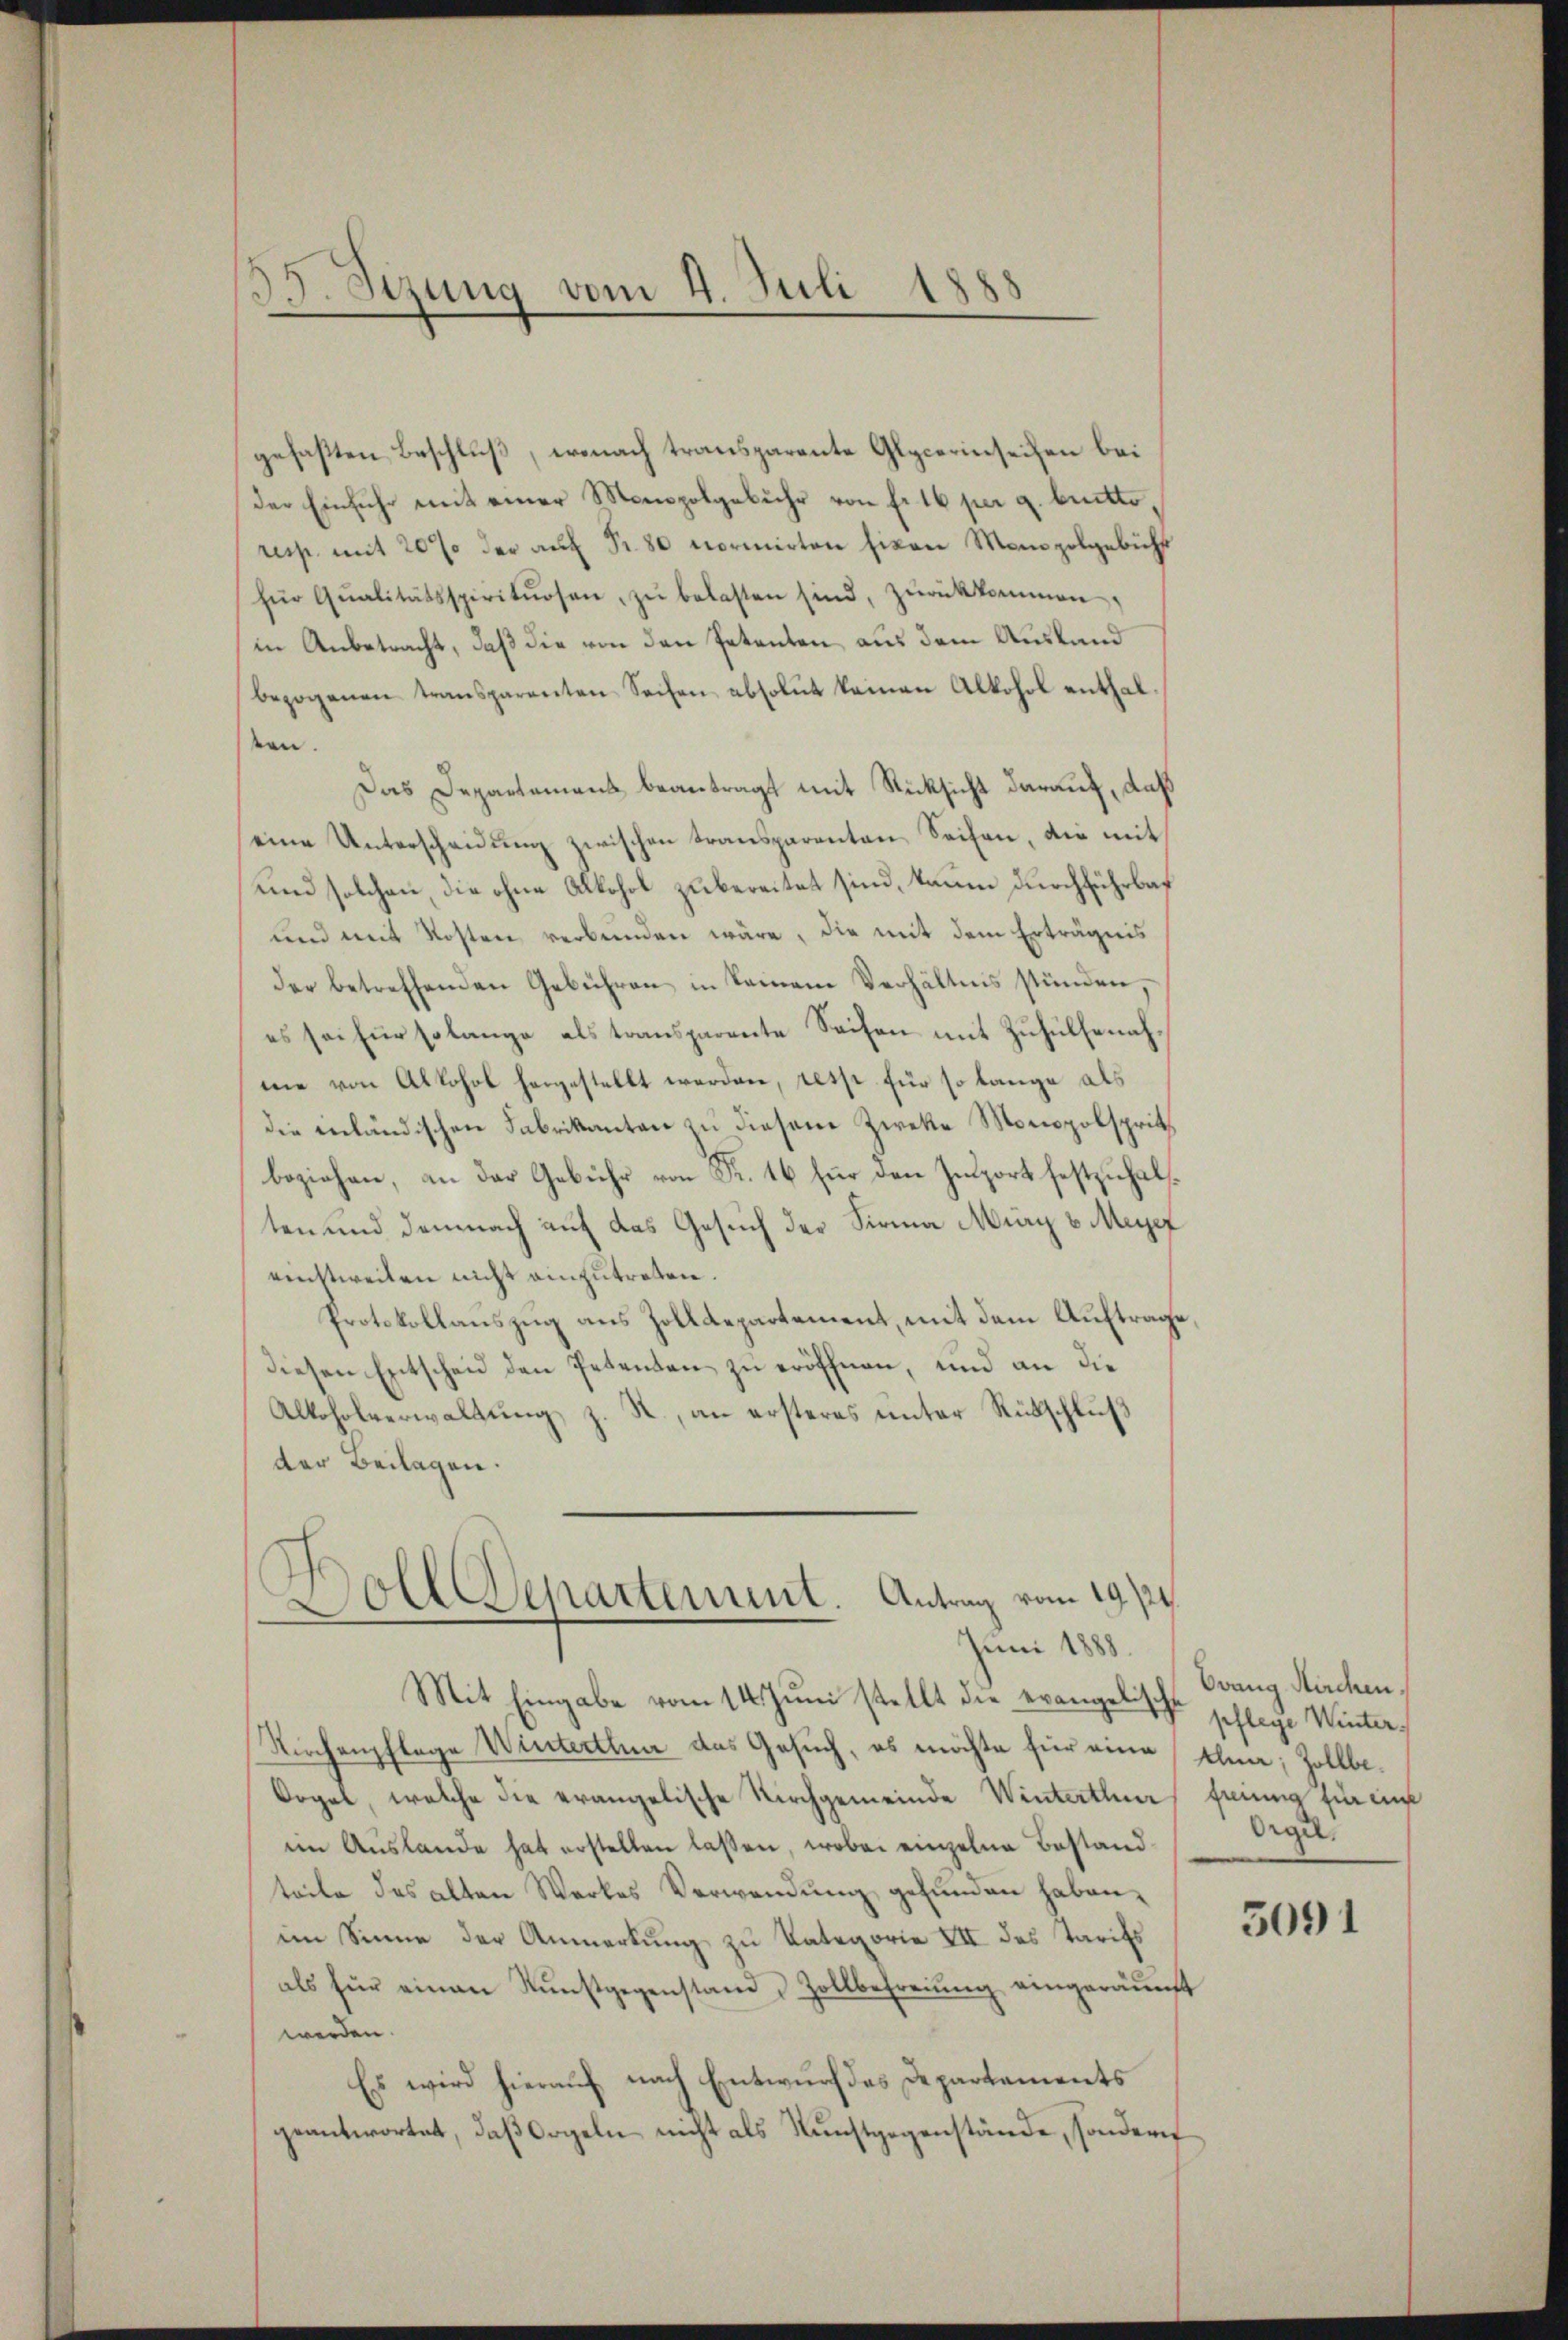
35. Sezung vom 4. Juli 1888

gefaßten Beschluß, wonach transparente Glycerinseiten bei
der Einfuhr mit einer Monopolgebühr von fr. 16 per 9. bretto
resp. mit 20 % der auf Fr. 80 normirten hinen Monopolgebühr
für Qualitätsspirituosen, zu belasten sind, zurückkommen,
in Anbetracht, daß die von den Petenten aus dem Ausland
bezogenen transparenten Sachen absolut keinen Alkohol enthalten.
Das Departement beantragt mit Rücksicht darauf, daß
eine Unterscheidung zwischen transparenten Seifen, die mit
und solchen, die ohne Alkohol zubereitet sind, kaum durchführbar
und mit Kosten verbunden wäre, die mit dem Erträgnis
der betreffenden Gebühren in keinem Verhältnis stünden,
es sei für solange als transparente Sachen mit Zuhülfenahme von Alkohol hergestellt werden, rest für so lange als
die inländischen Fabrikanton zu diesem Zweke Monopolspritbeziehen, an der Gebühr von Fr. 16 für den Zuport festzuhalten und demnach auf das Gesuch der Firma Mury v. Meyer
einstweilen nicht einzutreten.
Protokollauszug aus Zolldepartement, mit dem Auftrage
Diesen Entscheid den Petenten zu eröffnen, und an die
Alkoholverwaltung, z. R., an ersteres unter Rückschluß
der Beilagen.
Dolldepartement. Antrag vom 19/24.

Juni 1888.
Mit Eingabe vom 14. Juni stellt die evangelische schlege Winter¬

Kirchenpflege Winterthun das Gesuch, es möchte für eine klin, Zollbe¬
Oogel, welche die erangelische Kirchgemeinde Winterthur freiung für eine
im Auslande hat erstellen lassen, wobei einzelne Bestand
teile des alten Werkes Verwendung gefunden haben,
im Sinne der Anmerkung zu Kategorie VII des Tarifs
als für einen Kunstgegenstand u Zollbefreŭng eingeräŭnt
werden.
Es wird hierauf nach Entwurf des Departements
geantwortet, daß Orgeln nicht als Kunstgegenstände, sondern

Evang. Kirchen.
Orgel

3091